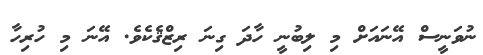
ނުވަނީސް އޭނައަށް މި ލިބުނީ ހާދަ ގިނަ ރިޒްޤެކެވެ. އޭނަ މި ހުރިހާ